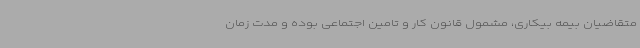
متقاضیان بیمه بیکاری، مشمول قانون کار و تامین اجتماعی بوده و مدت زمان